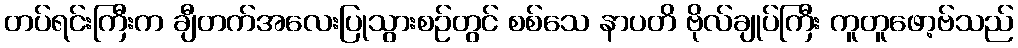
တပ်ရင်းကြီးက ချီတက်အလေးပြုသွားစဉ်တွင် စစ်သေ နာပတိ ဗိုလ်ချုပ်ကြီး ကူတူဖော့ဗ်သည်